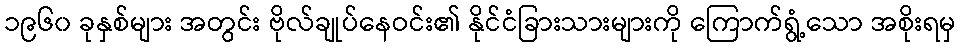
၁၉၆၀ ခုနှစ်များ အတွင်း ဗိုလ်ချုပ်နေဝင်း၏ နိုင်ငံခြားသားများကို ကြောက်ရွံ့သော အစိုးရမှ